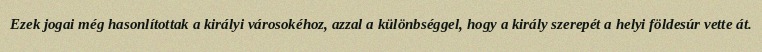
Ezek jogai még hasonlítottak a királyi városokéhoz, azzal a különbséggel, hogy a király szerepét a helyi földesúr vette át.